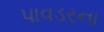
પાવડરના